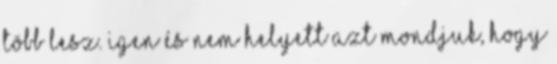
több lesz. Igen és nem helyett azt mondjuk, hogy